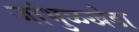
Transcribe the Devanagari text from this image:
जांभुळखेडा